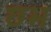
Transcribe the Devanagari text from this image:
छभ